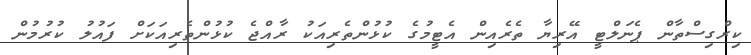
ކިރްގިސްތާން ޕެނަލްޓީ އޭރިޔާ ތެރެއިން އެޓީމުގެ ކުޅުންތެރިއަކު ރާއްޖެ ކުޅުންތެރިއަކަށް ފައުލު ކުރުމުން